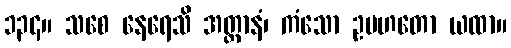
၁၃၄။ သစေ နေရေသိ အတ္တာနံ၊ ကံသော ဥပဟတော ယထာ။